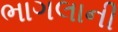
ભાગલાની